Medical and sanitary report of the native army of Madras for the year
Year: 1872
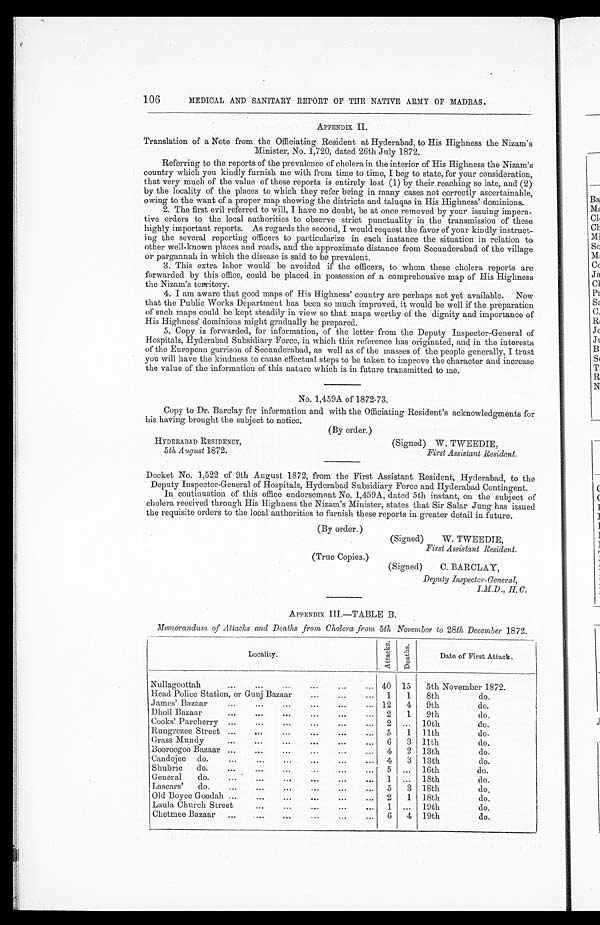
(Signed)
HYDERABAD RESIDENCY,
5th August 1872.
W.TWEEDIE,
First Assistant Resident.
106
MEDICAL AND SANITARY REPORT OF THE NATIVE ARMY OF MADRAS.
APPENDIX II.
Translation of a Note from the Officiating Resident at Hyderabad, to His Highness the Nizam's
Minister, No. 1,720, dated 26th July 1872.
Referring to the reports of the prevalence of cholera in the interior of His Highness the Nizam's
country which you kindly furnish me with from time to time, I beg to state, for your consideration,
that very much of the value of these reports is entirely lost (1) by their reaching so late, and (2)
by the locality of the places to which they refer being in many cases not correctly ascertainable,
owing to the want of a proper map showing the districts and taluqas in His Highness' dominions.
2. The first evil referred to will, I have no doubt, be at once removed by your issuing impera-
tive orders to the local authorities to observe strict punctuality in the transmission of these
highly important reports. As regards the second, I would request the favor of your kindly instruct-
ing the several reporting officers to particularize in each instance the situation in relation to
other well-known places and roads, and the approximate distance from Secunderabad of the village
or pargannah in which the disease is said to be prevalent.
3. This extra labor would be avoided if the officers, to whom these cholera reports are
forwarded by this office, could be placed in possession of a comprehensive map of His Highness
the Nizam's territory.
4. I am aware that good maps of His Highness' country are perhaps not yet available. Now
that the Public Works Department has been so much improved, it would be well if the preparation.
of such maps could be kept steadily in view so that maps worthy of the dignity and importance of
His Highness' dominions might gradually be prepared.
5. Copy is forwarded, for information, of the letter from the Deputy Inspector-General of
Hospitals, Hyderabad Subsidiary Force, in which this reference has originated, and in the interests
of the European garrison of Secunderabad, as well as of the masses of the people generally, I trust
you will have the kindness to cause effectual steps to be taken to improve the character and increase
the value of the information of this nature which is in future transmitted to me.
No. 1,459A of 1872-73.
Copy to Dr. Barclay for information and with the Officiating Resident's acknowledgments for
his having brought the subject to notice.
(By order.)
Docket No. 1,522 of 9th August 1872, from the First Assistant Resident, Hyderabad, to the
Deputy Inspector-General of Hospitals, Hyderabad Subsidiary Force and Hyderabad Contingent.
In continuation of this office endorsement No. 1,459A, dated 5th instant, on the subject of
cholera received through His Highness the Nizam's Minister, states that Sir Salar Jung has issued
the requisite orders to the local authorities to furnish these reports in greater detail in future.
(By order.)
(Signed)
(True Copies.)
W. TWEEDIE,
First Assistant Resident.
(Signed)
C. BARCLAY,
Deputy Inspector-General,
I.M. D., H C.
APPENDIX III.—TABLE B.
Memorandum of Attacks and Deaths from Cholera from 5th November to 28th December 1872.
Locality.
A t t a c k s
D e a t h s .
Date of First Attack.
Nullagoottah
...
...
...
...
...
... 40 15
5th November 1872.
Head Police Station, or Gunj Bazaar
...
...
1
1
8th
do.
James' Bazaar
...
...
...
...
...
... 12
4
9th
do.
Dholl Bazaar
...
...
...
...
2
1
9th
do.
Cooks' Parcherry ...
...
...
...
...
...
2 ... 10th
do.
Rungrezee Street ...
..,
. . .
. . .
...
5
1 11th
do.
Grass Mundy
...
...
...
...
. . .
...
6
3 11th
do.
Booroogoo Bazaar ...
...
...
...
...
...
4
2 13th
do.
Candojee do.
...
...
...
...
...
...
4
3 13th
do.
Shubric
do.
...
...
..
. . .
. . .
...
5 ... 16th
do.
General
do.
...
...
...
...
...
1 ... 18th
do.
Lascars'
do.
...
...
...
...
...
...
5
3 18th
do.
Old Boyee Goodah ...
...
...
...
...
...
2
1 18th
do.
Laula Church Street
...
...
...
...
1 ...
19th
do.
Chetmee Bazaar
...
...
. . .
...
..
...
6
4 19th
do.